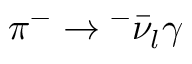
\pi ^ { - } \rightarrow \l ^ { - } \bar { \nu } _ { l } \gamma